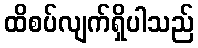
ထိစပ်လျက်ရှိပါသည်